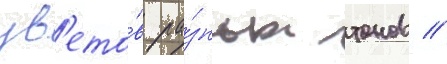
цв'ето́в ра́зных тонов //